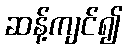
ဆန့်ကျင်၍